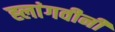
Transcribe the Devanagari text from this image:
ह्लांगवीनी